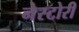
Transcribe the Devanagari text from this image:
नेस्टोरी